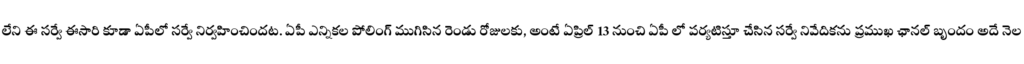
లేని ఈ సర్వే ఈసారి కూడా ఏపీలో సర్వే నిర్వహించిందట. ఏపీ ఎన్నికల పోలింగ్ ముగిసిన రెండు రోజులకు, అంటే ఏప్రిల్ 13 నుంచి ఏపీ లో పర్యటిస్తూ చేసిన సర్వే నివేదికను ప్రముఖ ఛానల్ బృందం అదే నెల